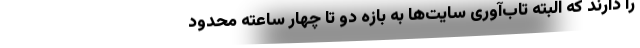
را دارند که البته تاب‌آوری سایت‌ها به بازه دو تا چهار ساعته محدود